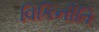
વિકિનીતિ